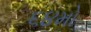
૬૪મો